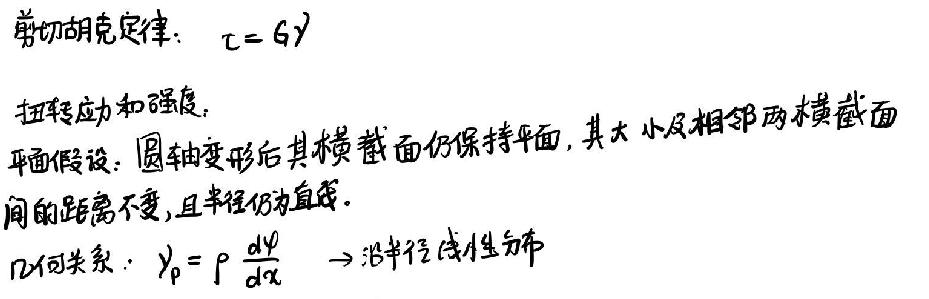
剪切胡克定律：\(\tau = G\gamma\)

扭转应力和强度：

平面假设：圆轴变形后其横截面仍保持平面，其大小和相邻两横截面间的距离不变，且半径仍为直线。

\(RI\)可求：\(\gamma_{\rho}=\rho\frac{d\varphi}{dx}\Rightarrow将平衡条件代入